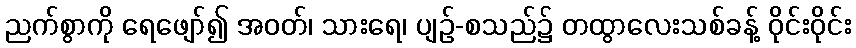
ညက်စွာကို ရေဖျော်၍ အဝတ်၊ သားရေ၊ ပျဉ်-စသည်၌ တထွာလေးသစ်ခန့် ဝိုင်းဝိုင်း